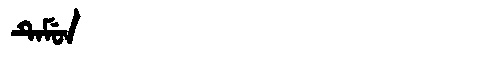
Manchu: ᡨᡝᠮᡠᠨ
Romanization: TEMUN